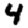
Digit: 4